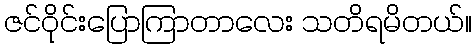
ဇင်ဝိုင်းပြောကြာတာလေး သတိရမိတယ်။